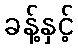
ခန့်နှင့်